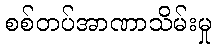
စစ်တပ်အာဏာသိမ်းမှု